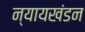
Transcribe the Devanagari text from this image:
न्यायखंडन